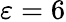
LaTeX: \varepsilon=6